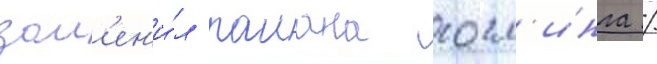
зам'ен'и́л раиана госл'инга /